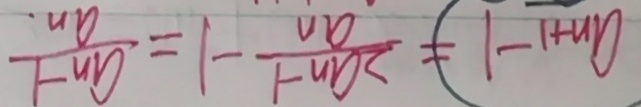
a _ { n - 1 } - 1 = \frac { 2 a _ { n } - 1 } { a _ { n } } - 1 = \frac { a _ { n } - 1 } { a _ { n } . }